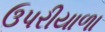
ઉપરીયાળા